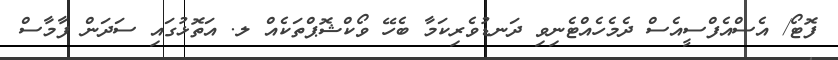
ފޮޓޯ/ އެސްއެފްސީއެސް ދެމެހެއްޓެނިވި ދަނޑުވެރިކަމާ ބެހޭ ވޯކްޝޮޕްތަކެއް ލ. އަތޮޅުގައި ސަދަން ފާމާސް